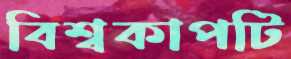
বিশ্বকাপটি